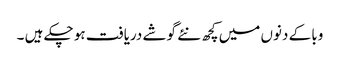
وبا کے دنوں میں کچھ نئے گوشے دریافت ہو چکے ہیں ۔